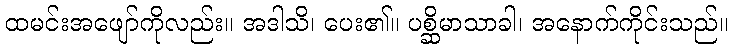
ထမင်းအဖျော်ကိုလည်း။ အဒါသိ၊ ပေး၏။ ပစ္ဆိမာသာခါ၊ အနောက်ကိုင်းသည်။